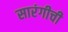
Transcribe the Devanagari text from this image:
सारंगीची